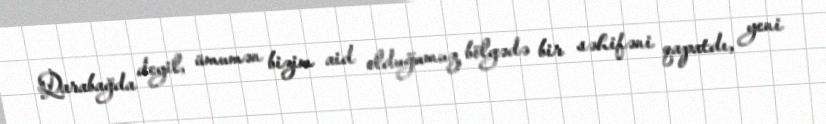
Qarabağda deyil, ümumən bizim aid olduğumuz bölgədə bir səhifəni qapatdı, yeni